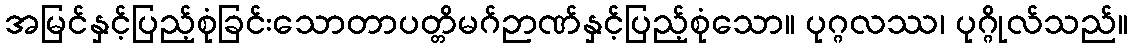
အမြင်နှင့်ပြည့်စုံခြင်းသောတာပတ္တိမဂ်ဉာဏ်နှင့်ပြည့်စုံသော။ ပုဂ္ဂလဿ၊ ပုဂ္ဂိုလ်သည်။